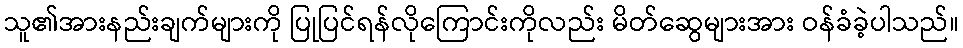
သူ၏အားနည်းချက်များကို ပြုပြင်ရန်လိုကြောင်းကိုလည်း မိတ်ဆွေများအား ဝန်ခံခဲ့ပါသည်။